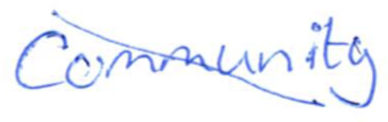
Text: community
Cross-out: diagonal
Writing tool: ballpoint